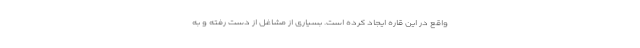
واقع در این قاره ایجاد کرده است. بسیاری از مشاغل از دست رفته و به